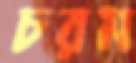
চরম